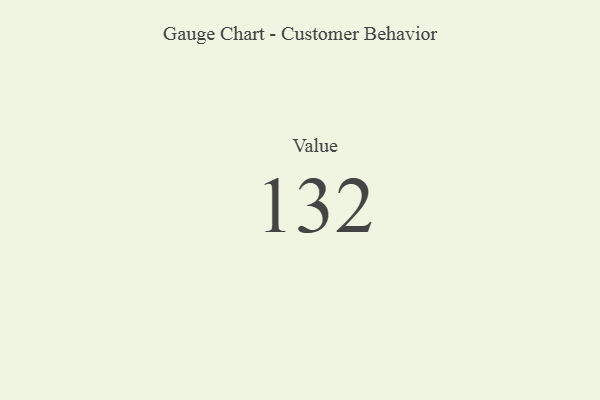
{"axis": {"x": "Metric", "y": "Value"}, "legend": [""], "data": [{"x": "Value", "y": 132, "type": ""}]}